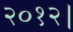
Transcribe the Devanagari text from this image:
२०१२।